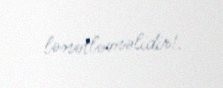
lənətləməlidir!.